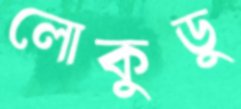
লোকুডু